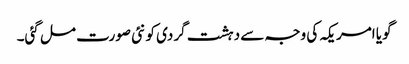
گویا امریکہ کی وجہ سے دہشت گردی کو نئی صورت مل گئی۔